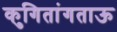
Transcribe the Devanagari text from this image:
कुगितांगताऊ